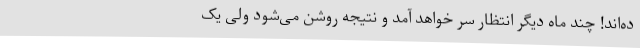
ده‌اند! چند ماه دیگر انتظار سر خواهد آمد و نتیجه روشن می‌شود ولی یک